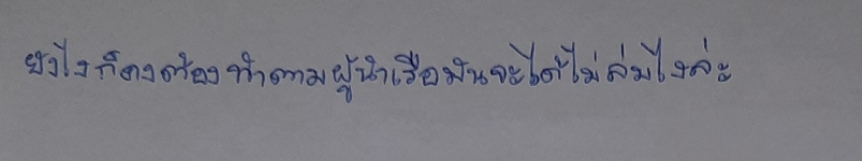
ยังไงก็คงต้องทำตามผู้นำเรือมันจะได้ไม่ล่มไงล่ะ